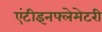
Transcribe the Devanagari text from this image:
एंटीइनफ्लेमेटरी